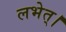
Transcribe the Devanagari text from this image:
लभेत्।